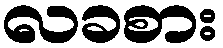
လခစား